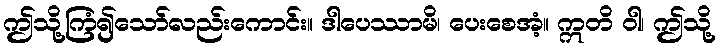
ဤသို့ကြံ၍သော်လည်းကောင်း။ ဒါပေဿာမိ၊ ပေးစေအံ့။ ဣတိ ဝါ၊ ဤသို့